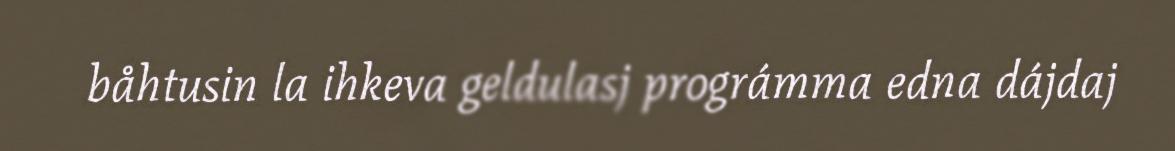
båhtusin la ihkeva geldulasj prográmma edna dájdaj